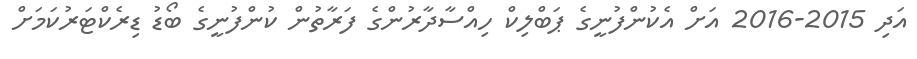
އަދި 2015-2016 އަށް އެކުުންފުނީގެ ޕަބްލިކް ހިއްސާދާރުންގެ ފަރާތުން ކުންފުނީގެ ބޯޑު ޑިރެކްޓަރުކަމަށް